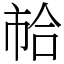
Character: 𢂷